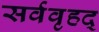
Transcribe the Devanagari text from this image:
सर्ववृहद्